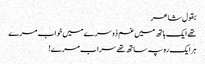
بقول شاعر
تھے ایک ہاتھ میں غم دُوسرے میں خواب مرے
ہرایک رہ پہ ساتھ تھے سراب مرے!